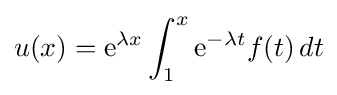
u(x)={\rm {e}}^{\lambda x}\int _{1}^{x}{\rm {e}}^{-\lambda t}f(t)\,dt